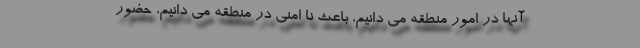
آنها در امور منطقه می دانیم، باعث نا امنی در منطقه می دانیم، حضور